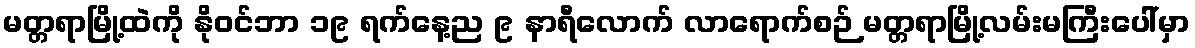
မတ္တရာမြို့ထဲကို နိုဝင်ဘာ ၁၉ ရက်နေ့ည ၉ နာရီလောက် လာရောက်စဉ် မတ္တရာမြို့လမ်းမကြီးပေါ်မှာ